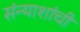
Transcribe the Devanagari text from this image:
संन्याशांची